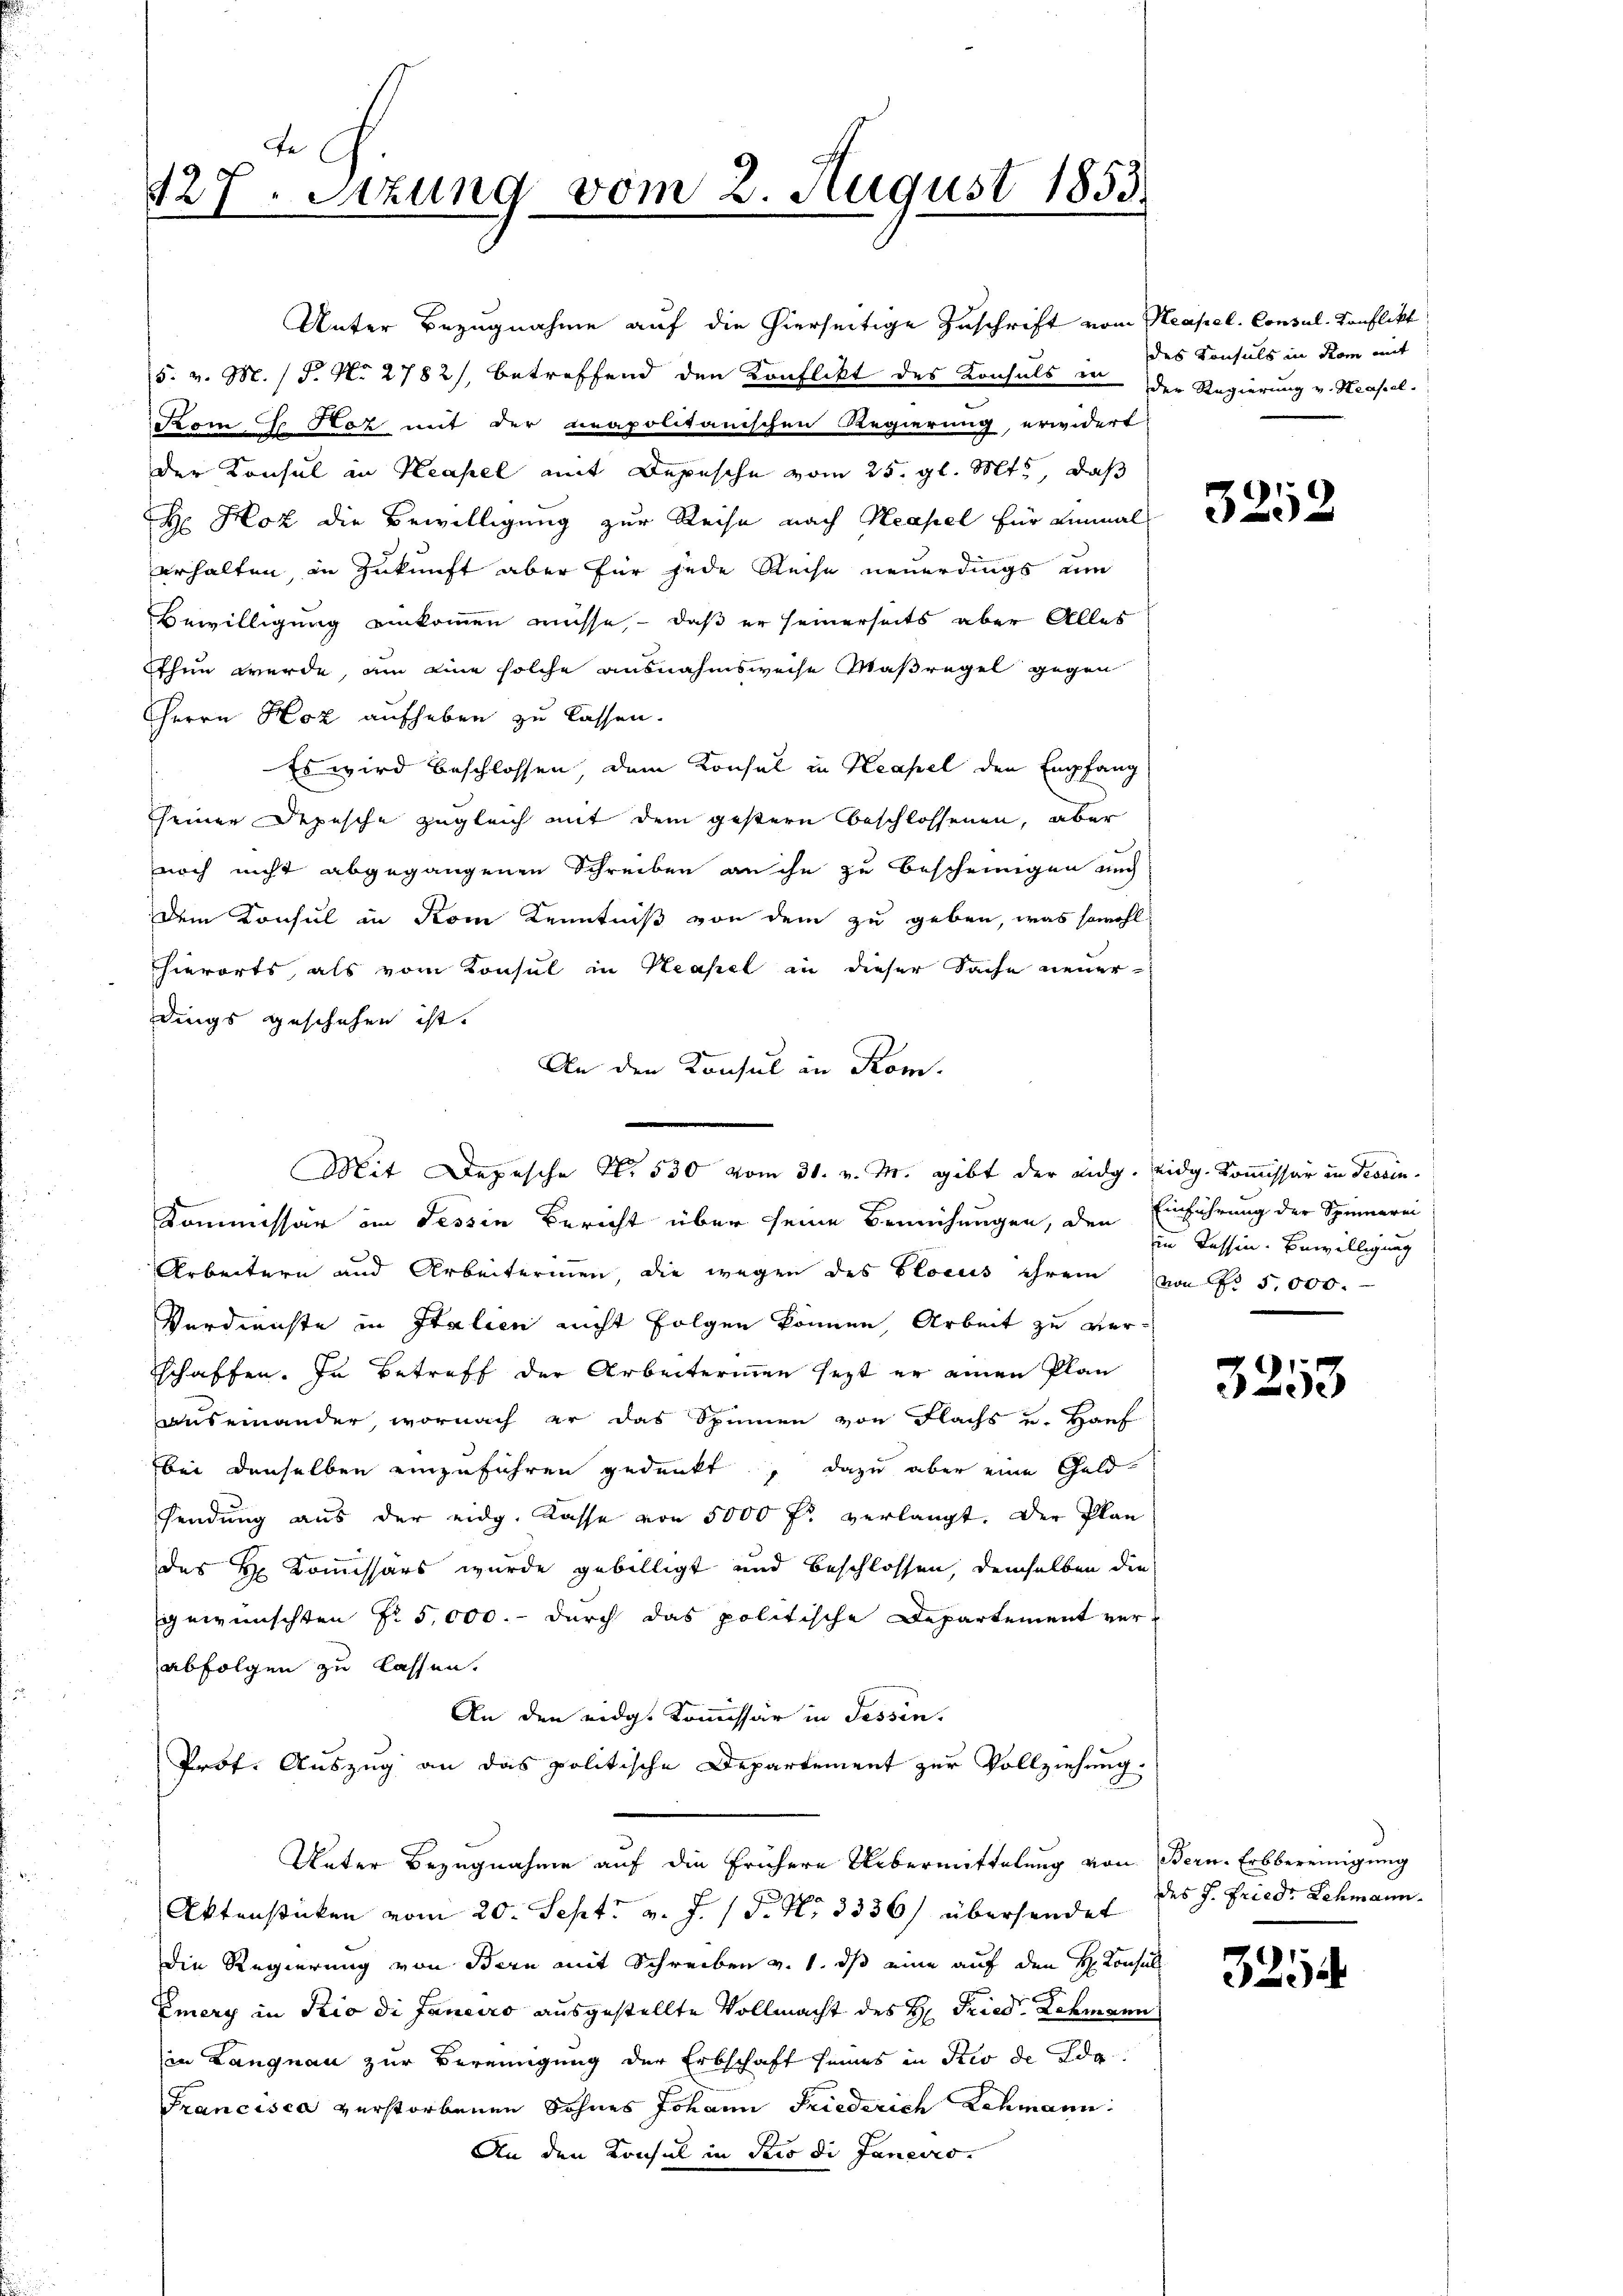
te
127. Sitzung vom 2. August 1853.
e

Unter Bezugnahme auf die hierseitige Zuschrift vom Neapel. Consul-Konflikt
5. v. M. / P. No 2782), betreffend den Konflikt des Konsuls er der Regierung v. Neapel-
Kom E Roz mit der neapolitanischen Regierung, erwidert
der Konsul in Neapel mit Depesche vom 25. gl. Mts., daß
H Hoz die Bewilligung zur Reise nach Neapel für einmal
erhalten in Zukunft aber für jede Reise neuerdings um
Bewilligung einkommen müsse, - daß er seinerseits aber Alles
Ethun werde, am eine solche ausnahmsweise Maßregel gegen
HHerrn Hoz aufheben zu lassen.
Es wird beschlossen, dem Konsul in Neapel den Empfang
seiner Depesche zugleich mit dem gestern beschlossenen, aber
noch nicht abgegangenen Schreiben an ihn zu bescheinigen auch
dem Konsul in Kom Kenntniß von dem zu geben, was sowohl
hierorts, als vom Konsul in Neapel in dieser Sache neuerdings geschehen ist.
An den Konsul in Rom.
Kommissär im Tessin Bericht über seine Bemühungen, den
Arbeitern und Arbeiterinnen, die wegen des Glocus ihrem von Fr. 5000.
Verdienste in Italien nicht folgen können, Arbeit zu verschaffen. In Betreff der Arbeiterinnen sezt er einen Plan
auseinander, wornach er das Spinnen von Flachs u. Hauf
bei denselben einzuführen gedenkt, dazu aber eine Geld-
sendung aus der eidg. Kasse von 5000 fr verlangt. Der Plan
des H. Kommissärs wurde gebilligt und beschlossen, demselben die
gewünschten § 5,000.- durch das politische Departement verabfolgen zu lassen.
An den eidg. Kommissär in Tessin,
Prof. Auszug an das politische Departement zur Vollziehung.
Unter Bezugnahme auf die frühere Uebermittelung von Bern-Erbbereinigung
Aktenstücken vom 20. Sept. v. J. P. Nr. 3336 übersendet
die Regierung von Bern mit Schreiben v. 1. ds eine auf den H. Konsult
s
Emery in Rio di Janeiro ausgestellte Vollmacht des H: Fried. Lehmann
in Langnau zur Bereinigung der Erbschaft seines in Rio de Ide
Francisca verstorbenen Sohnes Johann Friederich Lehmann.
An den Konsul in Pero di Janeiro

Mit Depesche N. 530 vom 30. v. M. gibt der eidg. eidg. Kommissär in Provin-

des Konsuls in Rom mit

3252

Einführung der Spinnerei
in Tessin. Bewilligung

3253

des J. Friedr Schmann.

21